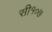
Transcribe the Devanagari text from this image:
सी१०७